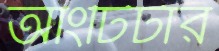
আংটিটার